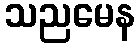
သညမေန